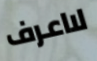
لااعرف